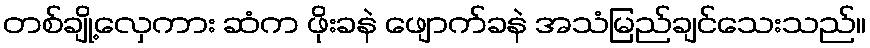
တစ်ချို့လှေကား ဆံက ဖိုးခနဲ ဖျောက်ခနဲ အသံမြည်ချင်သေးသည်။